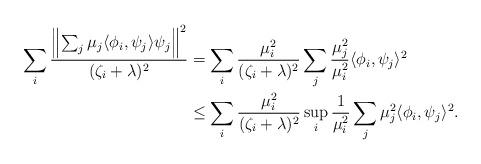
LaTeX: \begin{align*}\sum_i \frac{\left\Vert \sum_j\mu_j\langle \phi_i,\psi_j\rangle\psi_j\right\Vert^2}{(\zeta_i + \lambda)^{2}}&=\sum_i\frac{\mu^2_i}{(\zeta_i+\lambda)^2}\sum_j\frac{\mu^2_j}{\mu^2_i}\langle \phi_i,\psi_j\rangle^2 \\ &\le \sum_i\frac{\mu^2_i}{(\zeta_i+\lambda)^2}\sup_i \frac{1}{\mu^2_i}\sum_j\mu^2_j\langle \phi_i,\psi_j\rangle^2.\end{align*}